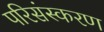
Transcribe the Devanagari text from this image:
परिसंस्करण